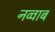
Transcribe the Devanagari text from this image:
नव्वाब